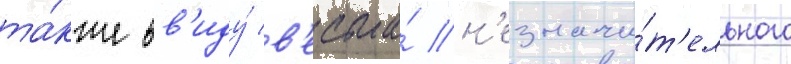
та́кже вв'иду́ в'есьма́ н'езначи́т'ельного